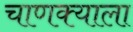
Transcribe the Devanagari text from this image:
चाणक्याला